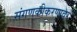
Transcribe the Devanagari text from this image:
संगणकीकरणावर